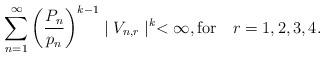
LaTeX: \begin{align*}\sum_{n=1}^{\infty}\left(\frac{P_{n}}{p_{n}}\right)^{k-1}\mid V_{n,r}\mid^{k}< \infty, \textnormal{for} \quad{r=1,2,3,4.}\end{align*}